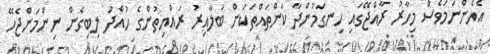
އެހެންނަމަވެސް މިހާރު ރާއްޖޭގައި ހިނގަމުންދާ ކަންތައްތަކަށް ބަލާއިރު ރައްޔިތުންގެ ހުއްދަ ލިބިގެން ނިންމަންޖެހޭ